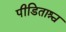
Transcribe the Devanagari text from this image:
पीडिताश्च